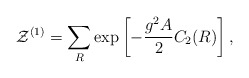
\begin{align*}{\cal Z}^{(1)}=\sum_{R} \exp\left[-{{g^2 A}\over 2}C_2(R)\right],\end{align*}